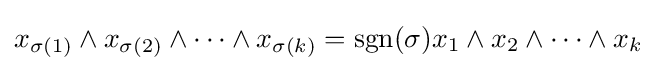
x_{\sigma (1)}\wedge x_{\sigma (2)}\wedge \cdots \wedge x_{\sigma (k)}=\operatorname {sgn} (\sigma )x_{1}\wedge x_{2}\wedge \cdots \wedge x_{k}